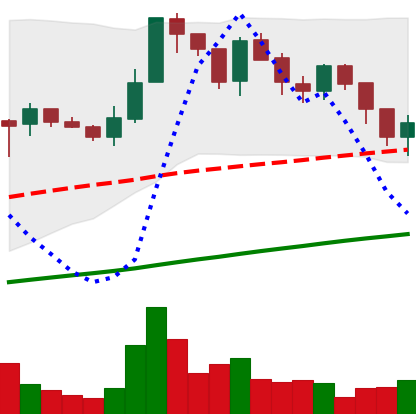
Ticker: LTC-USD
Chart end date: 2017-07-16
Forward return: 11.855%
Label: up_7plus